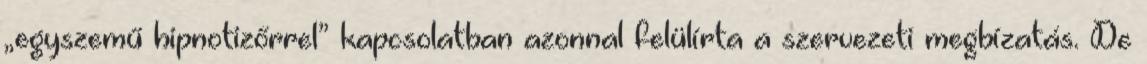
„egyszemű hipnotizőrrel” kapcsolatban azonnal felülírta a szervezeti megbízatás. De